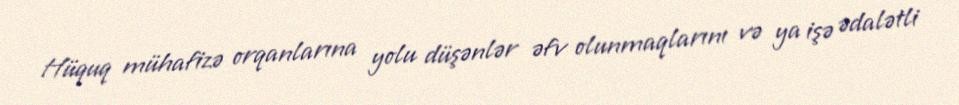
Hüquq mühafizə orqanlarına yolu düşənlər əfv olunmaqlarını və ya işə ədalətli